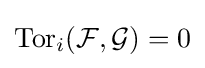
\operatorname {Tor} _{i}({\mathcal {F}},{\mathcal {G}})=0